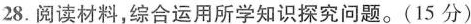
28.阅读材料，综合运用所学知识探究问题。(15分)